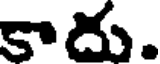
కాదు.